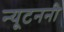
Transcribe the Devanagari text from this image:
न्यूटननी